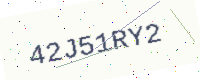
Text: 42J51RY2